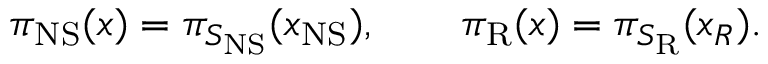
\pi _ { \mathrm { N S } } ( x ) = \pi _ { S _ { \mathrm { N S } } } ( x _ { \mathrm { N S } } ) , \qquad \pi _ { \mathrm { R } } ( x ) = \pi _ { S _ { \mathrm { R } } } ( x _ { R } ) .